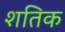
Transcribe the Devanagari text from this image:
शतिक